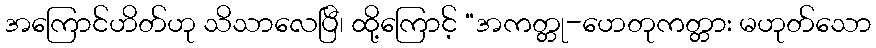
အကြောင်ဟိတ်ဟု သိသာလေပြီ၊ ထို့ကြောင့် “အကတ္တု-ဟေတုကတ္တား မဟုတ်သော